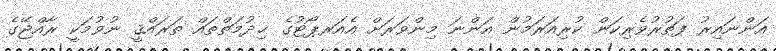
އަންނައިރު ފަތުރުވެރިކަން ކުރިއަރަމުން އަންނަ މިންވަރަށް އެއަރޕޯޓުގެ ޚިދުމަތްތައް ތަރައްޤީ ނުވުމަކީ ރާއްޖޭގެ